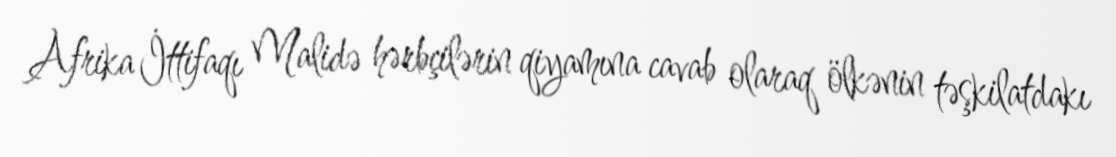
Afrika İttifaqı Malidə hərbçilərin qiyamına cavab olaraq ölkənin təşkilatdakı